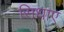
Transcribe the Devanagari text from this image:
सिधाए